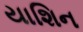
યાશિન